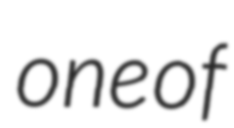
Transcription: one of